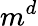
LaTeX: m^{d}